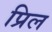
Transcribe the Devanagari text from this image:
प्रिल